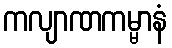
ကလျာဏကမ္မာနံ